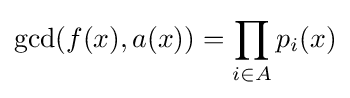
\gcd(f(x),a(x))=\prod _{i\in A}p_{i}(x)